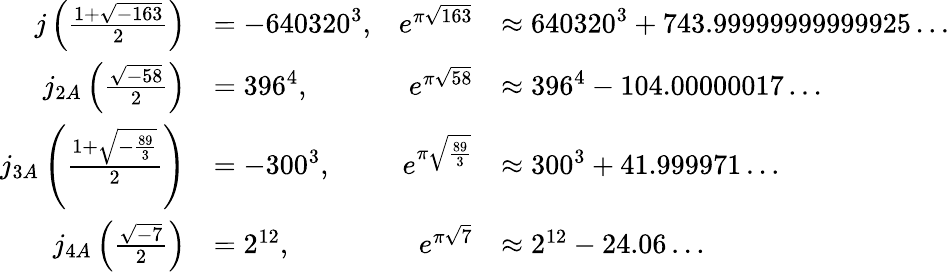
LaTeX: {\begin{array}{rlrl}{j\left({\frac{1+{\sqrt{-163}}}{2}}\right)}&{=-640320^{3},}&{e^{\pi{\sqrt{163}}}}&{\approx 640320^{3}+743.99999999999925\dots}\\ {j_{2A}\left({\frac{\sqrt{-58}}{2}}\right)}&{=396^{4},}&{e^{\pi{\sqrt{58}}}}&{\approx 396^{4}-104.00000017\dots}\\ {j_{3A}\left({\frac{1+{\sqrt{-{\frac{89}{3}}}}}{2}}\right)}&{=-300^{3},}&{e^{\pi{\sqrt{\frac{89}{3}}}}}&{\approx 300^{3}+41.999971\dots}\\ {j_{4A}\left({\frac{\sqrt{-7}}{2}}\right)}&{=2^{12},}&{e^{\pi{\sqrt{7}}}}&{\approx 2^{12}-24.06\dots}\end{array}}